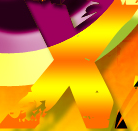
X